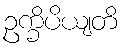
ဥက္ခိပိယျတိ